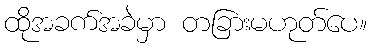
ထိုအခက်အခဲမှာ တခြားမဟုတ်ပေ။